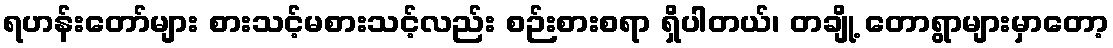
ရဟန်းတော်များ စားသင့်မစားသင့်လည်း စဉ်းစားစရာ ရှိပါတယ်၊ တချို့ တောရွာများမှာတော့